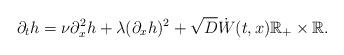
LaTeX: \begin{align*}\partial_t h = \nu \partial_x^2 h + \lambda (\partial_x h)^2 + \sqrt{D} \dot{W} (t, x ) \mathbb{R}_+ \times \mathbb{R} .\end{align*}